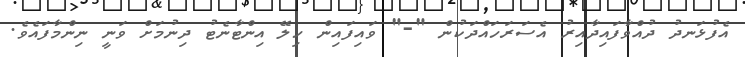
އެފުޅަނދު ދުއްވާފައިދާއިރު އެސަރަހައްދަކުން "-" ވައިފައިން ހިލޭ އިންޓާނެޓު ދިނުމަށް ވަނީ ނިންމާފައެވެ.